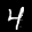
Label: 4